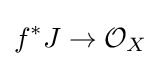
f^{*}J\to {\mathcal {O}}_{X}